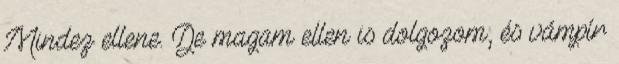
Mindez ellene. De magam ellen is dolgozom, és vámpír